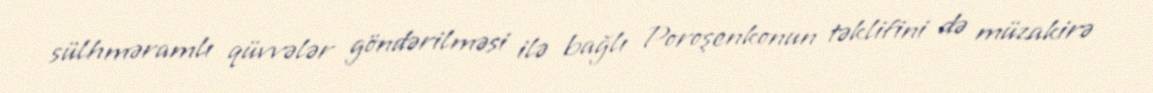
sülhməramlı qüvvələr göndərilməsi ilə bağlı Poroşenkonun təklifini də müzakirə